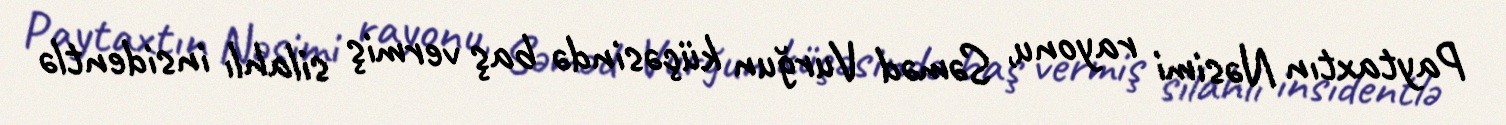
Paytaxtın Nəsimi rayonu, Səməd Vurğun küçəsində baş vermiş silahlı insidentlə